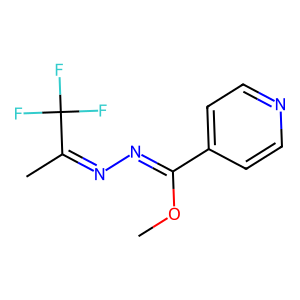
SMILES: COC(=NN=C(C)C(F)(F)F)c1ccncc1
Inhibits HIV replication: No